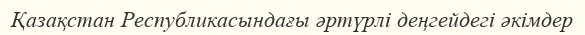
Қазақстан Республикасындағы әртүрлі деңгейдегі әкімдер